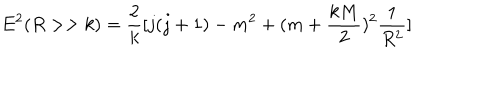
E ^ { 2 } ( R > > k ) = \frac { 2 } { k } [ j ( j + 1 ) - m ^ { 2 } + ( m + \frac { k M } { 2 } ) ^ { 2 } \frac { 1 } { R ^ { 2 } } ]